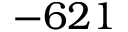
- 6 2 1